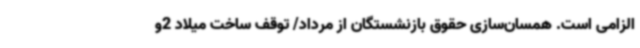
الزامی است. همسان‌سازی حقوق بازنشستگان از مرداد/ توقف ساخت میلاد 2و